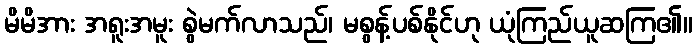
မိမိအား အရူးအမူး စွဲမက်လာသည်၊ မစွန့်ပစ်နိုင်ဟု ယုံကြည်ယူဆကြ၏။